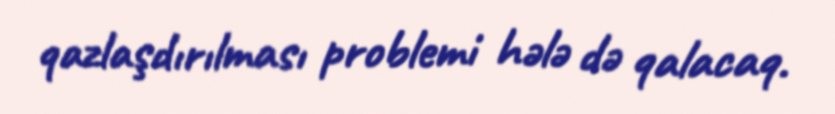
qazlaşdırılması problemi hələ də qalacaq.